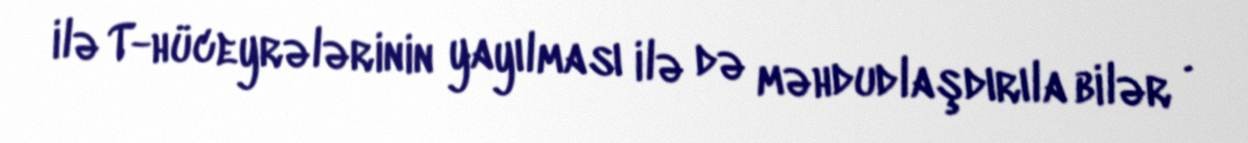
ilə T-hüceyrələrinin yayılması ilə də məhdudlaşdırıla bilər .